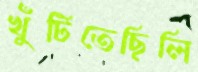
খুঁটিতেছিলি